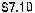
$7.10